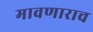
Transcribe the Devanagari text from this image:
मावणाराच